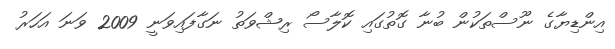
އިންޑިޔާގެ ނޫސްތަކުން ބުނާ ގޮތުގައި ކޮލާސޯ ރިޝްވަތު ނަގާފައިވަނީ 2009 ވަނަ އަހަރު